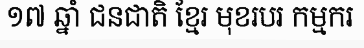
១៧ ឆ្នាំ ជនជាតិ ខ្មែរ មុខរបរ កម្មករ